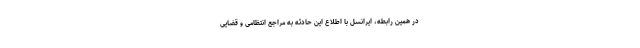
در همین رابطه، ایرانسل با اطلاع این حادثه به مراجع انتظامی و قضایی